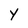
Character: Y